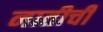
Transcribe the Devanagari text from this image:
नातीची